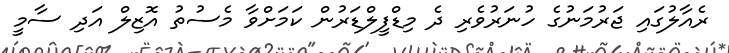
ރެއާލުގައި ޖަރުމަނުގެ ހުނަރުވެރި ދެ މިޑްފީލްޑަރުން ކަމަށްވާ މެސުތު އޮޒިލް އަދި ސާމީ